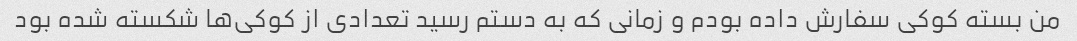
من بسته کوکی سفارش داده بودم و زمانی که به دستم رسید تعدادی از کوکی‌ها شکسته شده بود